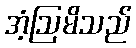
အံ့ဩမိသည်